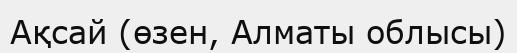
Ақсай (өзен, Алматы облысы)